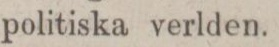
politiska verlden.